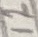
Text: 12